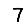
Digit: 7